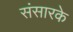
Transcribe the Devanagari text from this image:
संसारके